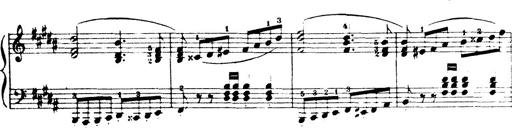
Title: Wagner-Liszt Album
Composer: Franz Liszt